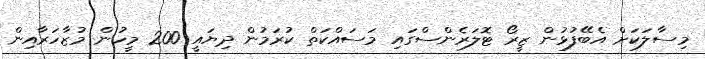
މިސާލަކަށް އެބޭފުޅުން ޒީރޯ ޓޮލަރެންސްގައި މަސައްކަތް ކުރަމުން ދިޔައީ 200 މީހުން މުޒާހަރާއިން